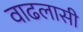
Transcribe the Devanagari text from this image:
वाढलासी